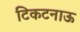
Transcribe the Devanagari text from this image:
टिकटनाऊ